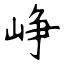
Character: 峥